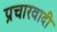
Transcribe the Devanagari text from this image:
प्रचारवादी